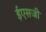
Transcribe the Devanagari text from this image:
ईएसजी